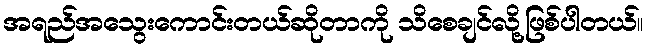
အရည်အသွေးကောင်းတယ်ဆိုတာကို သိစေချင်လို့ဖြစ်ပါတယ်။